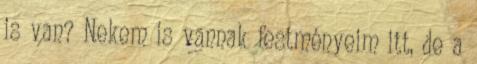
is van? Nekem is vannak festményeim itt, de a